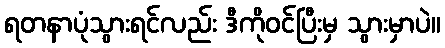
ရတနာပုံသွားရင်လည်း ဒီကိုဝင်ပြီးမှ သွားမှာပဲ။